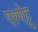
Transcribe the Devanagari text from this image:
परणेट्टु